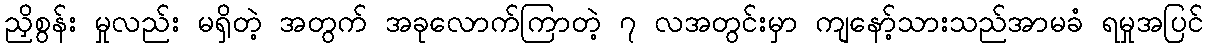
ညှိစွန်း မှုလည်း မရှိတဲ့ အတွက် အခုလောက်ကြာတဲ့ ၇ လအတွင်းမှာ ကျနော့်သားသည်အာမခံ ရမှုအပြင်